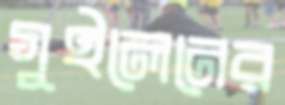
গুইলেনের